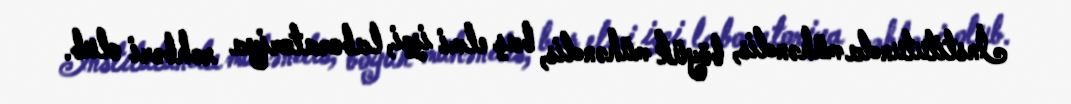
İnstitutunda mühəndis, böyük mühəndis, baş elmi işçi, laboratoriya rəhbəri olub.